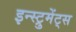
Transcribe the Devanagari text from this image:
इन्स्ट्रुमेंट्‌स